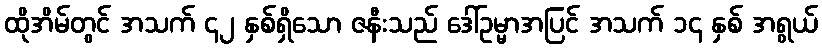
ထိုအိမ်တွင် အသက် ၄၂ နှစ်ရှိသော ဇနီးသည် ဒေါ်ဥမ္မာအပြင် အသက် ၁၄ နှစ် အရွယ်